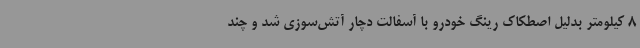
8 کیلومتر بدلیل اصطکاک رینگ خودرو با آسفالت دچار آتش‌سوزی شد و چند